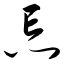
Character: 忘